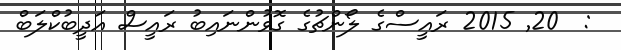
:  20